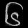
Digit: ၆